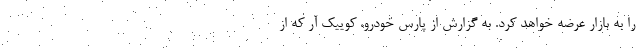
را به بازار عرضه خواهد کرد. به گزارش از پارس خودرو، کوییک آر که از